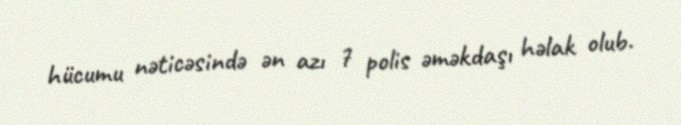
hücumu nəticəsində ən azı 7 polis əməkdaşı həlak olub.